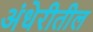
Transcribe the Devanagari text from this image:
अंधेरीतील